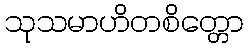
သုသမာဟိတစိတ္တော